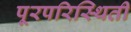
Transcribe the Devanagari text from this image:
पूरपरिस्थिती